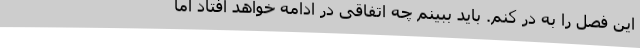
این فصل را به در کنم. باید ببینم چه اتفاقی در ادامه خواهد افتاد اما